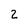
Character: 2